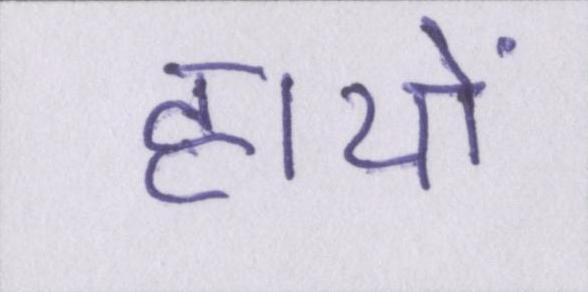
हाथों